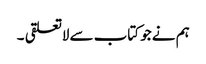
ہم نے جو کتاب سے لاتعلقی ۔